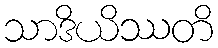
သာဒိယိဿတိ